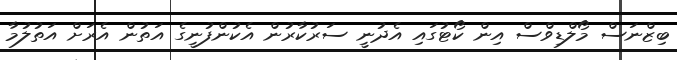
ބިޒްނަސް މޯލްޑިވްސް އިން ކޯޓުގައި އެދުނީ ސަރުކާރުން އެކުންފުނީގެ އަތުން އެރަށް އަތުލުމާ